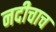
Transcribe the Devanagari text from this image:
नदीचाच